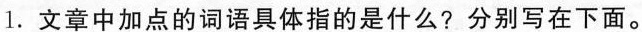
1.文章中加点的词语具体指的是什么?分别写在下面。